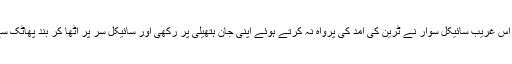
یہ مغربی شخص اس وقت حیران بھی ہوا اور شدید متاثر بھی کہ اس غریب سائیکل سوار نے ٹرین کی آمد کی پرواہ نہ کرتے ہوئے اپنی جان ہتھیلی پر رکھی اور سائیکل سر پر اٹھا کر بند پھاٹک سے ٹرین کی آمد سے چند ہی سیکنڈ قبل ریلوے لائن کراس کرگیا۔